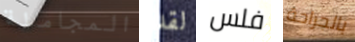
المجاملة لقد فلس بالجراحة